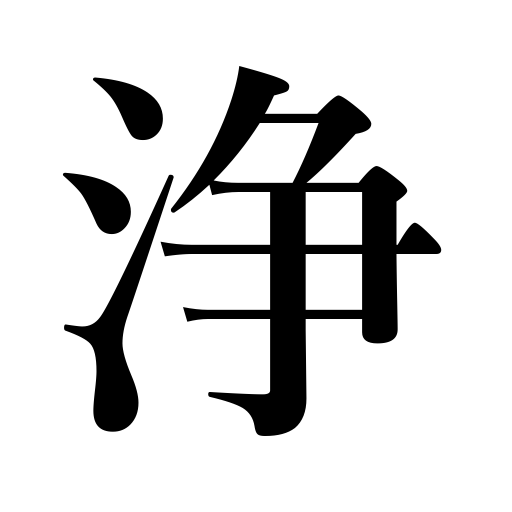
Meanings: clean,clear,pure,innocent,noble